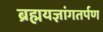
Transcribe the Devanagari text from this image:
ब्रह्मयज्ञांगतर्पण